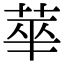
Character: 𬜻